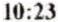
10:23